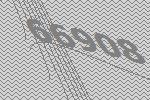
66908